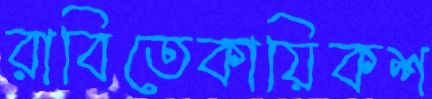
রাবিতেকায়িকশ